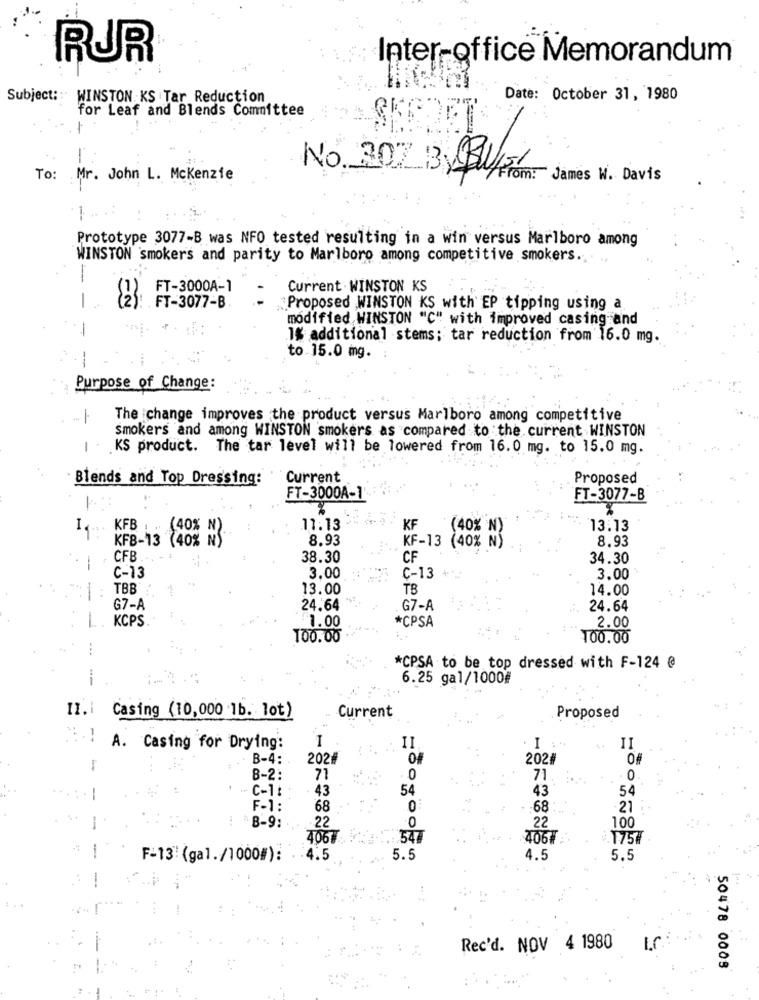
RUR
Inter-office Memorandum
Subject: :
WINSTON KS Tar Reduction
Date: October 31, 1980
for Leaf and Blends Committee
SKEDET
No. 307 13 BULEI
To: Mr. John L. Mckenzie
From: James W. Davis
Prototype 3077-B was NFO tested resulting in a win versus Marlboro among
WINSTON smokers and parity to Marlboro among competitive smokers ...
-
FT-3000A-1
Current . WINSTON KS
. FT-3077-B
Proposed WINSTON KS with EP tipping using a
modified WINSTON "C" with improved casing and
.1% additional stems; tar reduction from 16.0 mg.
-
to 15.0 mg.
Purpose of Change:
The change improves the product versus Marlboro among competitive
smokers and among WINSTON smokers as compared to the current WINSTON
KS product. The tar level will be lowered from 16.0 mg. to 15.0 mg.
Blends and Top Dressing:
Current
Proposed
FT-3000A-1
FT-3077-B
-
KFB
11.13
KF
13.13
KF8-13
40% NS
8.93
KF-13
(40% N)
8.93
(40% N)
CFB
38.30
CF
34.30
C-13
3.00
C-13
3.00
TBB
13.00
TB
14.00
G7-A
24.64
G7-A
24.64
KCPS.
1.00
2.00
*CPSA
100.00
100.00
*CPSA to be top dressed with F-124 @@
6.25 gal/1000#
Current
Casing (10,000 1b. lot)
Proposed
2 . 1
I
A. Casing for Drying:
II
I :
II
B-4:
202/
202#
0#
B-2:
71
0
71.
0
54
54
C-1:
43
43
F-1:
68
0:
-68
21
B-9:
22
22
100
4067
547
4067
1757
F-13: (gal./1000#):
:4.5
5.5
4.5
5.5
Rec'd. NOV 4 1980
-
. :
50478 0008